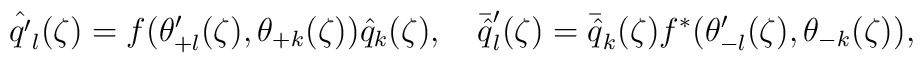
{\hat{q'}}_{l}(\zeta)=f(\theta'_{+l}(\zeta),\theta_{+k}(\zeta)){\hat{q}}_{k}(\zeta),\quad{\bar{\hat{q}}}'_{l}(\zeta)={\bar{\hat{q}}}_{k}(\zeta)f^{*}(\theta'_{-l}(\zeta),\theta_{-k}(\zeta)),